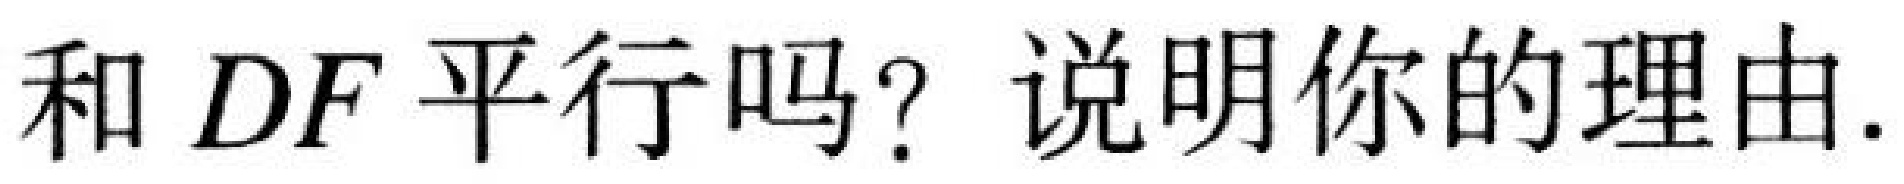
和 \(DF\) 平行吗？说明你的理由.